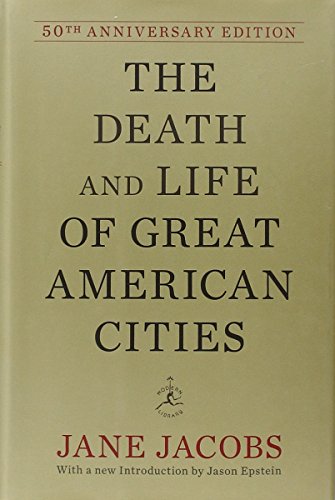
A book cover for The Death and Life of Great American Cities (50th Anniversary Edition) (Modern Library); Jane Jacobs; Politics & Social Sciences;